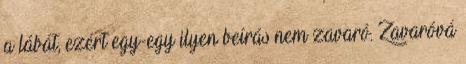
a lábát, ezért egy-egy ilyen beírás nem zavaró. Zavaróvá